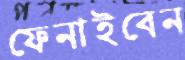
ফেনাইবেন